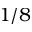
1 / 8